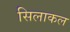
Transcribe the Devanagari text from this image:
सिलाकल